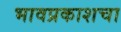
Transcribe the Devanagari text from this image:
भावप्रकाशचा